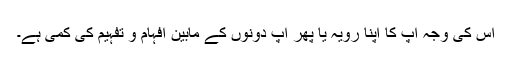
اس کی وجہ آپ کا اپنا رویہ یا پھر آپ دونوں کے مابین افہام و تفہیم کی کمی ہے۔